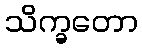
သိက္ခတော